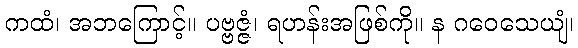
ကထံ၊ အဘကြောင့်။ ပဗ္ဗဇ္ဇံ၊ ရဟန်းအဖြစ်ကို။ န ဂဝေသေယျံ၊